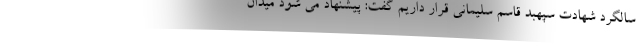
سالگرد شهادت سپهبد قاسم سلیمانی قرار داریم گفت: پیشنهاد می شود میدان